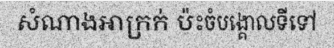
សំណាងអាក្រក់ ប៉ះចំបង្គោលទីទៅ